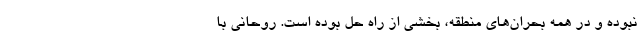
نبوده و در همه بحران‌های منطقه، بخشی از راه حل بوده است. روحانی با